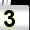
Digit: 3